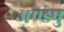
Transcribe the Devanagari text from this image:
अण्डेषु